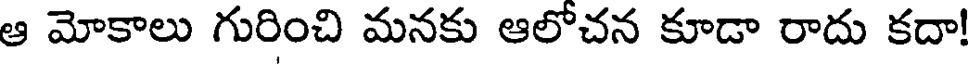
ఆ మోకాలు గురించి మనకు ఆలోచన కూడా రాదు కదా!